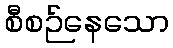
စီစဉ်နေသော